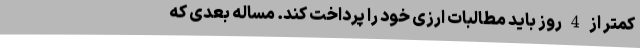
کمتر از 4 روز باید مطالبات ارزی خود را پرداخت کند. مساله‌ بعدی که